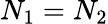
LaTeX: N_{1}=N_{2}